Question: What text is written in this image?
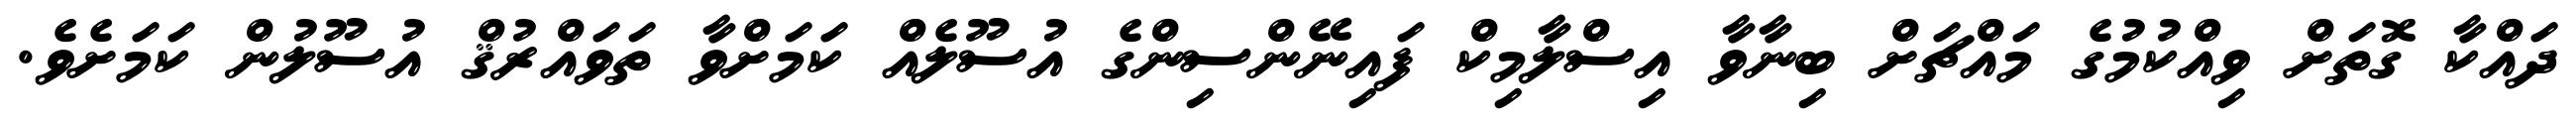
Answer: ދައްކާ ގޮތަށް ވިއްކުމުގެ މައްޗަށް ބިނާވާ އިސްލާމިކް ފައިނޭންސިންގެ އުސޫލެއް ކަމަށްވާ ތަވައްރުޤް އުސޫލުން ކަމަށެވެ.